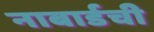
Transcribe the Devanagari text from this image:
नाबार्डची